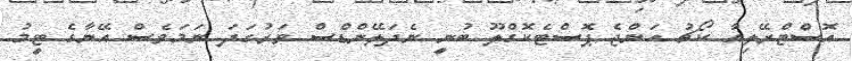
އޮސްޓްރޭލިއާ ކޯޗު އަންޖެ ޕޮސްޓެކޮގްލޫ ބުނީ ނެދަލޭންޑްސް ވަރުގަދަ ނަމަވެސް އޭނާގެ ޓީމު